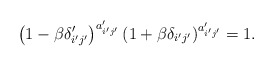
\begin{align*}\left(1-\beta\delta_{i'j'}'\right)^{a_{i'j'}'}\left(1+\beta\delta_{i'j'}\right)^{a_{i'j'}'}=1.\end{align*}